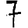
Digit: 7